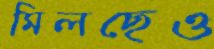
মিলছেও